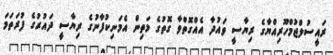
ރައީސުލްޖުމްހޫރިއްޔާގެ ރިޔާސީ ވައުދާ އެއްގޮތްވާ ގޮތުގެ މަތިން އެމަނިކުފާނުގެ ރިޔާސީ ދައުރުގެ ފުރަތަމަ